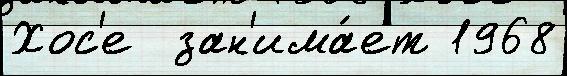
Хос'е  зан'има́ет 1968